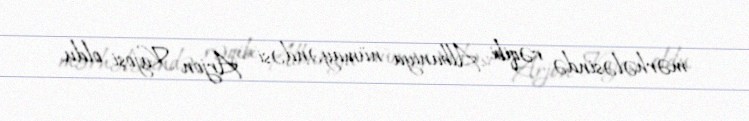
mərhələsində rəqibi Albaniya nümayəndəsi Arjon Kajoşi oldu.